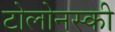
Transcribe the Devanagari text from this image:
टोलोनस्की